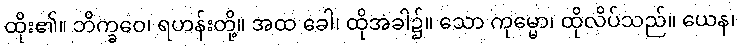
ထိုး၏။ ဘိက္ခဝေ၊ ရဟန်းတို့။ အထ ခေါ၊ ထိုအခါ၌။ သော ကုမ္မော၊ ထိုလိပ်သည်။ ယေန၊